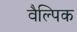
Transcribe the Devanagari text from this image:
वैल्पिक